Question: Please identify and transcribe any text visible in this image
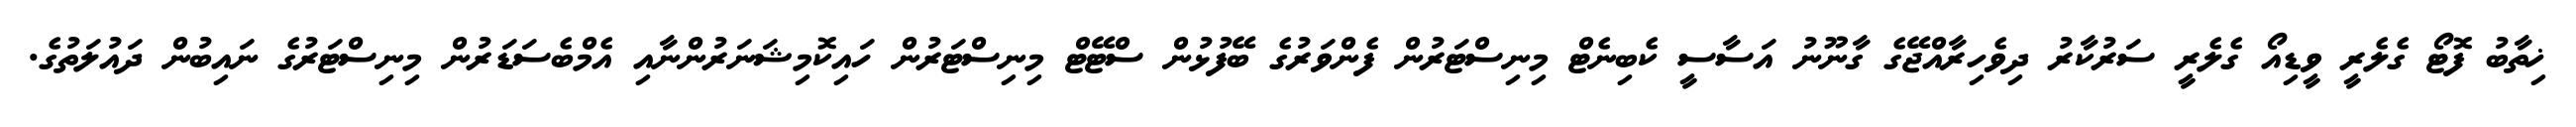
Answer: ޚިތާބު ފޮޓޯ ގެލެރީ ވީޑިއޯ ގެލެރީ ސަރުކާރު ދިވެހިރާއްޖޭގެ ގާނޫނު އަސާސީ ކެބިނެޓް މިނިސްޓަރުން ފެންވަރުގެ ބޭފުޅުން ސްޓޭޓް މިނިސްޓަރުން ހައިކޮމިޝަނަރުންނާއި އެމްބެސަޑަރުން މިނިސްޓަރުގެ ނައިބުން ދައުލަތުގެ.